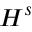
H ^ { s }